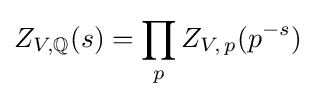
Z_{V\!,\mathbb {Q} }(s)=\prod _{p}Z_{V\!,\,p}(p^{-s})